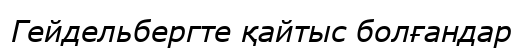
Гейдельбергте қайтыс болғандар